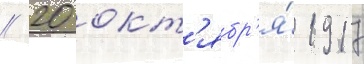
// 20 окт'ябр'я́ 1917